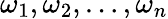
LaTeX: \omega_{1},\omega_{2},\ldots,\omega_{n}